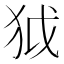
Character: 狘